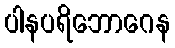
ပါနပရိဘောဂေန